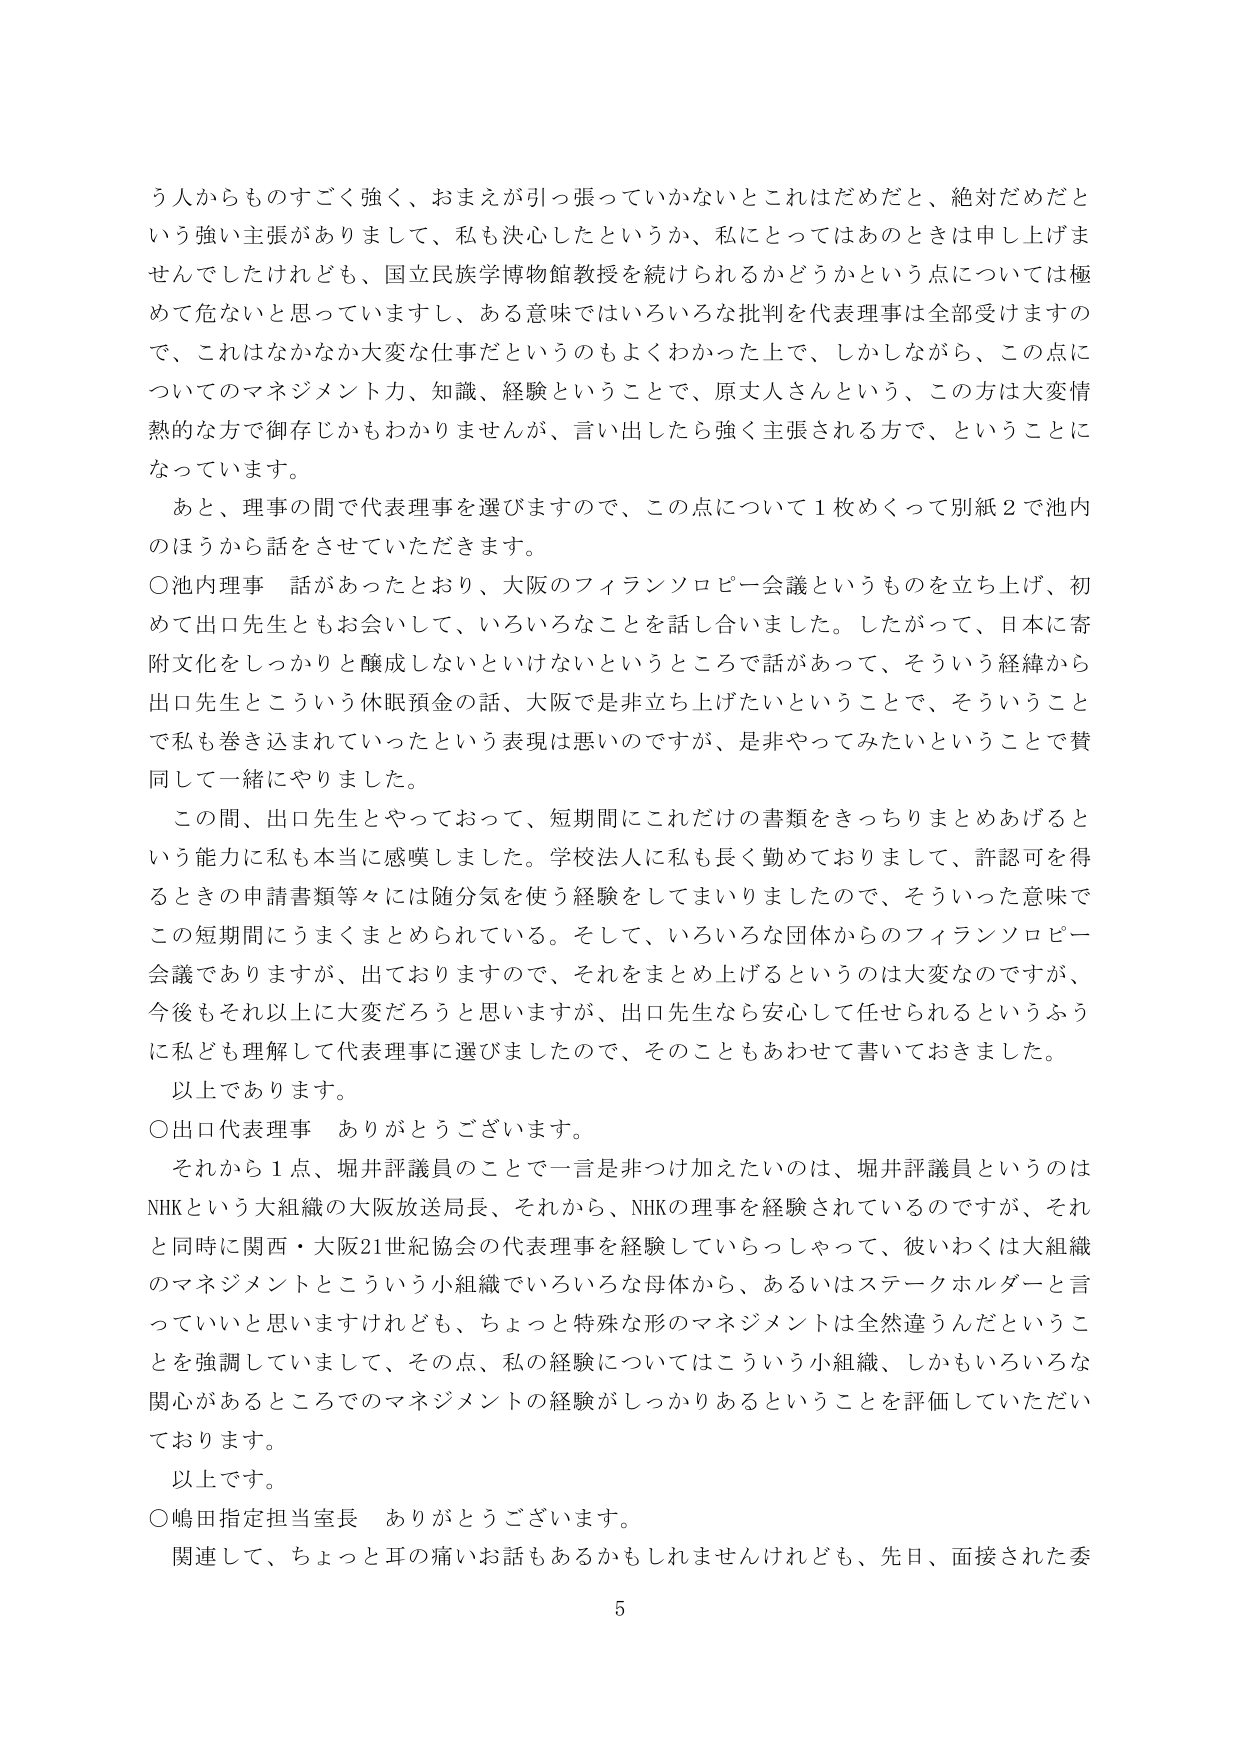
う人からものすごく強く、おまえが引っ張っていかないとこれはだめだと、絶対だめだと
いう強い主張がありまして、私も決心したというか、私にとってはあのときは申し上げま
せんでしたけれども、国立民族学博物館教授を続けられるかどうかという点については極
めて危ないと思っていますし、ある意味ではいろいろな批判を代表理事は全部受けますの
で、これはなかなか大変な仕事だというのもよくわかった上で、しかしながら、この点に
ついてのマネジメント力、知識、経験ということで、原丈人さんという、この方は大変情
熱的な方で御存じかもわかりませんが、言い出したら強く主張される方で、ということに
なっています。
あと、理事の間で代表理事を選びますので、この点について1枚めくって別紙2で池内
のほうから話をさせていただきます。
○池内理事 話があったとおり、大阪のフィランソロピー会議というものを立ち上げ、初
めて出口先生ともお会いして、いろいろなことを話し合いました。したがって、日本に寄
附文化をしっかりと醸成しないといけないというところで話があって、そういう経緯から
出口先生とこういう休眠預金の話、大阪では非立ち上げたいということで、そういうこと
で私も巻き込まれていったという表現は悪いのですが、是非やってみたいということで賛
同して一緒にやりました。
この間、出口先生とやっておって、短期間にこれだけの書類をきっちりまとめあげると
いう能力に私も本当に感嘆しました。学校法人に私も長く勤めておりまして、許認可を得
るときの申請書類等々には随分気を使う経験をしてまいりましたので、そういった意味で
この短期間にうまくまとめられている。そして、いろいろな団体からのフィランソロピー
会議でありますが、出ておりますので、それをまとめ上げるというのは大変なのですが、
今後もそれ以上に大変だろうと思いますが、出口先生なら安心して任せられるというふう
に私ども理解して代表理事に選びましたので、そのこともあわせて書いておきました。
以上であります。
○出口代表理事 ありがとうございます。
それから1点、堀井評議員のことで一言是非つけ加えたいのは、堀井評議員というのは
NHKという大組織の大阪放送局長、それから、NHKの理事を経験されているのですが、それ
と同時に関西・大阪21世紀協会の代表理事を経験していらっしゃって、彼いわくは大組織
のマネジメントとこういう小組織でいろいろな母体から、あるいはステークホルダーと言
っていいと思いますけれども、ちょっと特殊な形のマネジメントは全然違うんだというこ
とを強調していまして、その点、私の経験についてはこういう小組織、しかもいろいろな
関心があるところでのマネジメントの経験がしっかりあるということを評価していただい
ております。
以上です。
○嶋田指定担当室長 ありがとうございます。
関連して、ちょっと耳の痛いお話もあるかもしれませんが、先日、面接された委
5